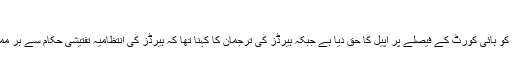
‘
ایپلٹ کورٹ نے زمیرہ کو ہائی کورٹ کے فیصلے پر اپیل کا حق دیا ہے جبکہ ہیرڈز کی ترجمان کا کہنا تھا کہ ہیرڈز کی انتظامیہ تفتیشی حکام سے ہر ممکن تعاون کر رہی ہے۔